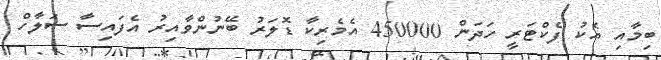
ބިމާއި އެކު ފެކްޓަރީ ހަދަން 450000 އެމެރިކާ ޑޮލަރު ބޭނުންވާއިރު އެފައިސާ ސަލާހް